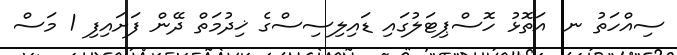
ސިއްހަތު ނ. އަތޮޅު ހޮސްޕިޓަލުގައި ޑައިލިސިސްގެ ޚިދުމަތް ދޭން ފަށައިފި 1 މަސް